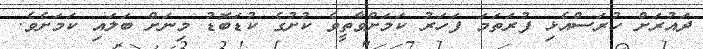
ދައުރަށް ހުރަސްއެޅި ފުރަތަމަ ފަހަރު ކަމަށްވާތީވެ ކުށުގެ ކުޑަބޮޑު މިނަށް ބަލައި ކަމަށެވެ.